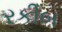
રકીબ